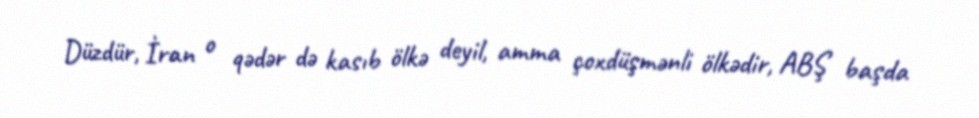
Düzdür, İran o qədər də kasıb ölkə deyil, amma çoxdüşmənli ölkədir, ABŞ başda